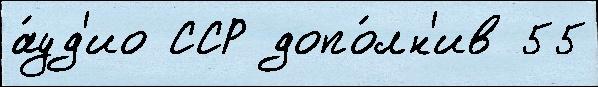
а́уд'ио ССР допо́лн'ив 55